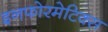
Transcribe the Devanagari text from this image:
इनफोरमेटिक्स